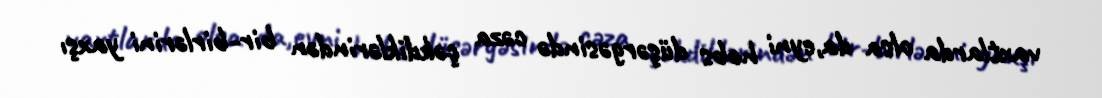
vaxtlarda olsa da,eyni həbs düşərgəsində cəza çəkdiklərindən bir-birlərini yaxşı